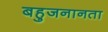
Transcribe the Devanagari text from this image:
बहुजनानता